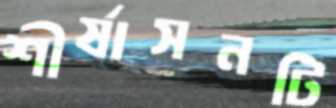
শীর্ষাসনটি